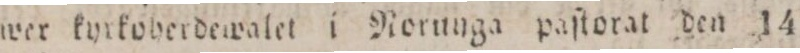
wer kyrkoherdewalet i Norunga paſtorat den 14